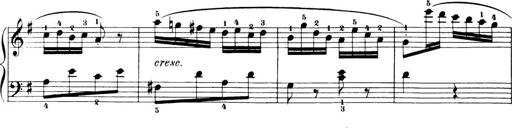
Title: 32 Sonatinas and Rondos for the Piano
Composer: Richard Kleinmichel